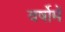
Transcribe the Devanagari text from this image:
वर्षोमें